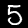
Digit: 5